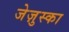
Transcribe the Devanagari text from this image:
जेज़ुस्का